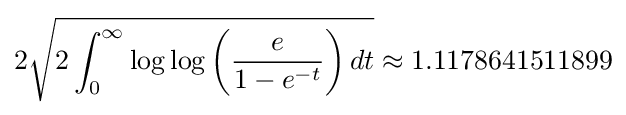
2{\sqrt {2\int _{0}^{\infty }\log \log \left({\frac {e}{1-e^{-t}}}\right)dt}}\approx 1.1178641511899